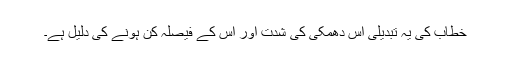
خطاب کی یہ تبدیلی اس دھمکی کی شدت اور اس کے فیصلہ کن ہونے کی دلیل ہے۔